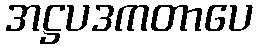
အဋ္ဌပဒကတာပေ